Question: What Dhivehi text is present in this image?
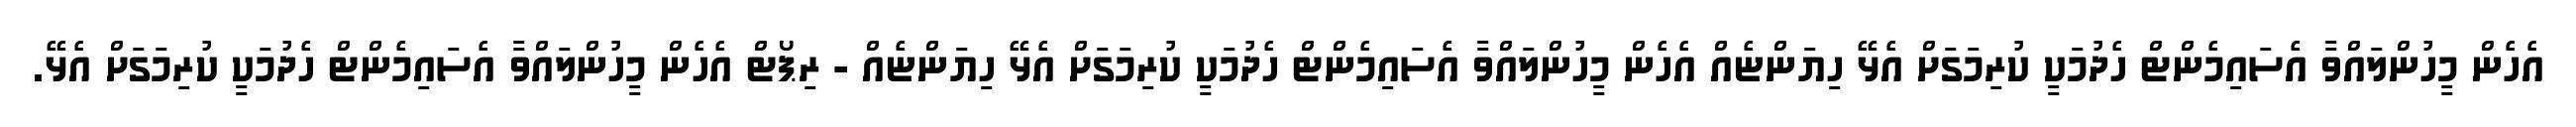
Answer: އެހެން މީހުންލައްވާ އެސައިމެންޓް ހެދުމަކީ ކުރިމަގަށް އެޅޭ ހިޔަންޏެއް އެހެން މީހުންލައްވާ އެސައިމެންޓް ހެދުމަކީ ކުރިމަގަށް އެޅޭ ހިޔަންޏެއް - ރިޕޯޓް އެހެން މީހުންލައްވާ އެސައިމެންޓް ހެދުމަކީ ކުރިމަގަށް އެޅޭ.